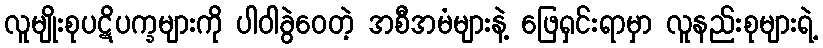
လူမျိုးစုပဋိပက္ခများကို ပါဝါခွဲဝေတဲ့ အစီအမံများနဲ့ ဖြေရှင်းရာမှာ လူနည်းစုများရဲ့